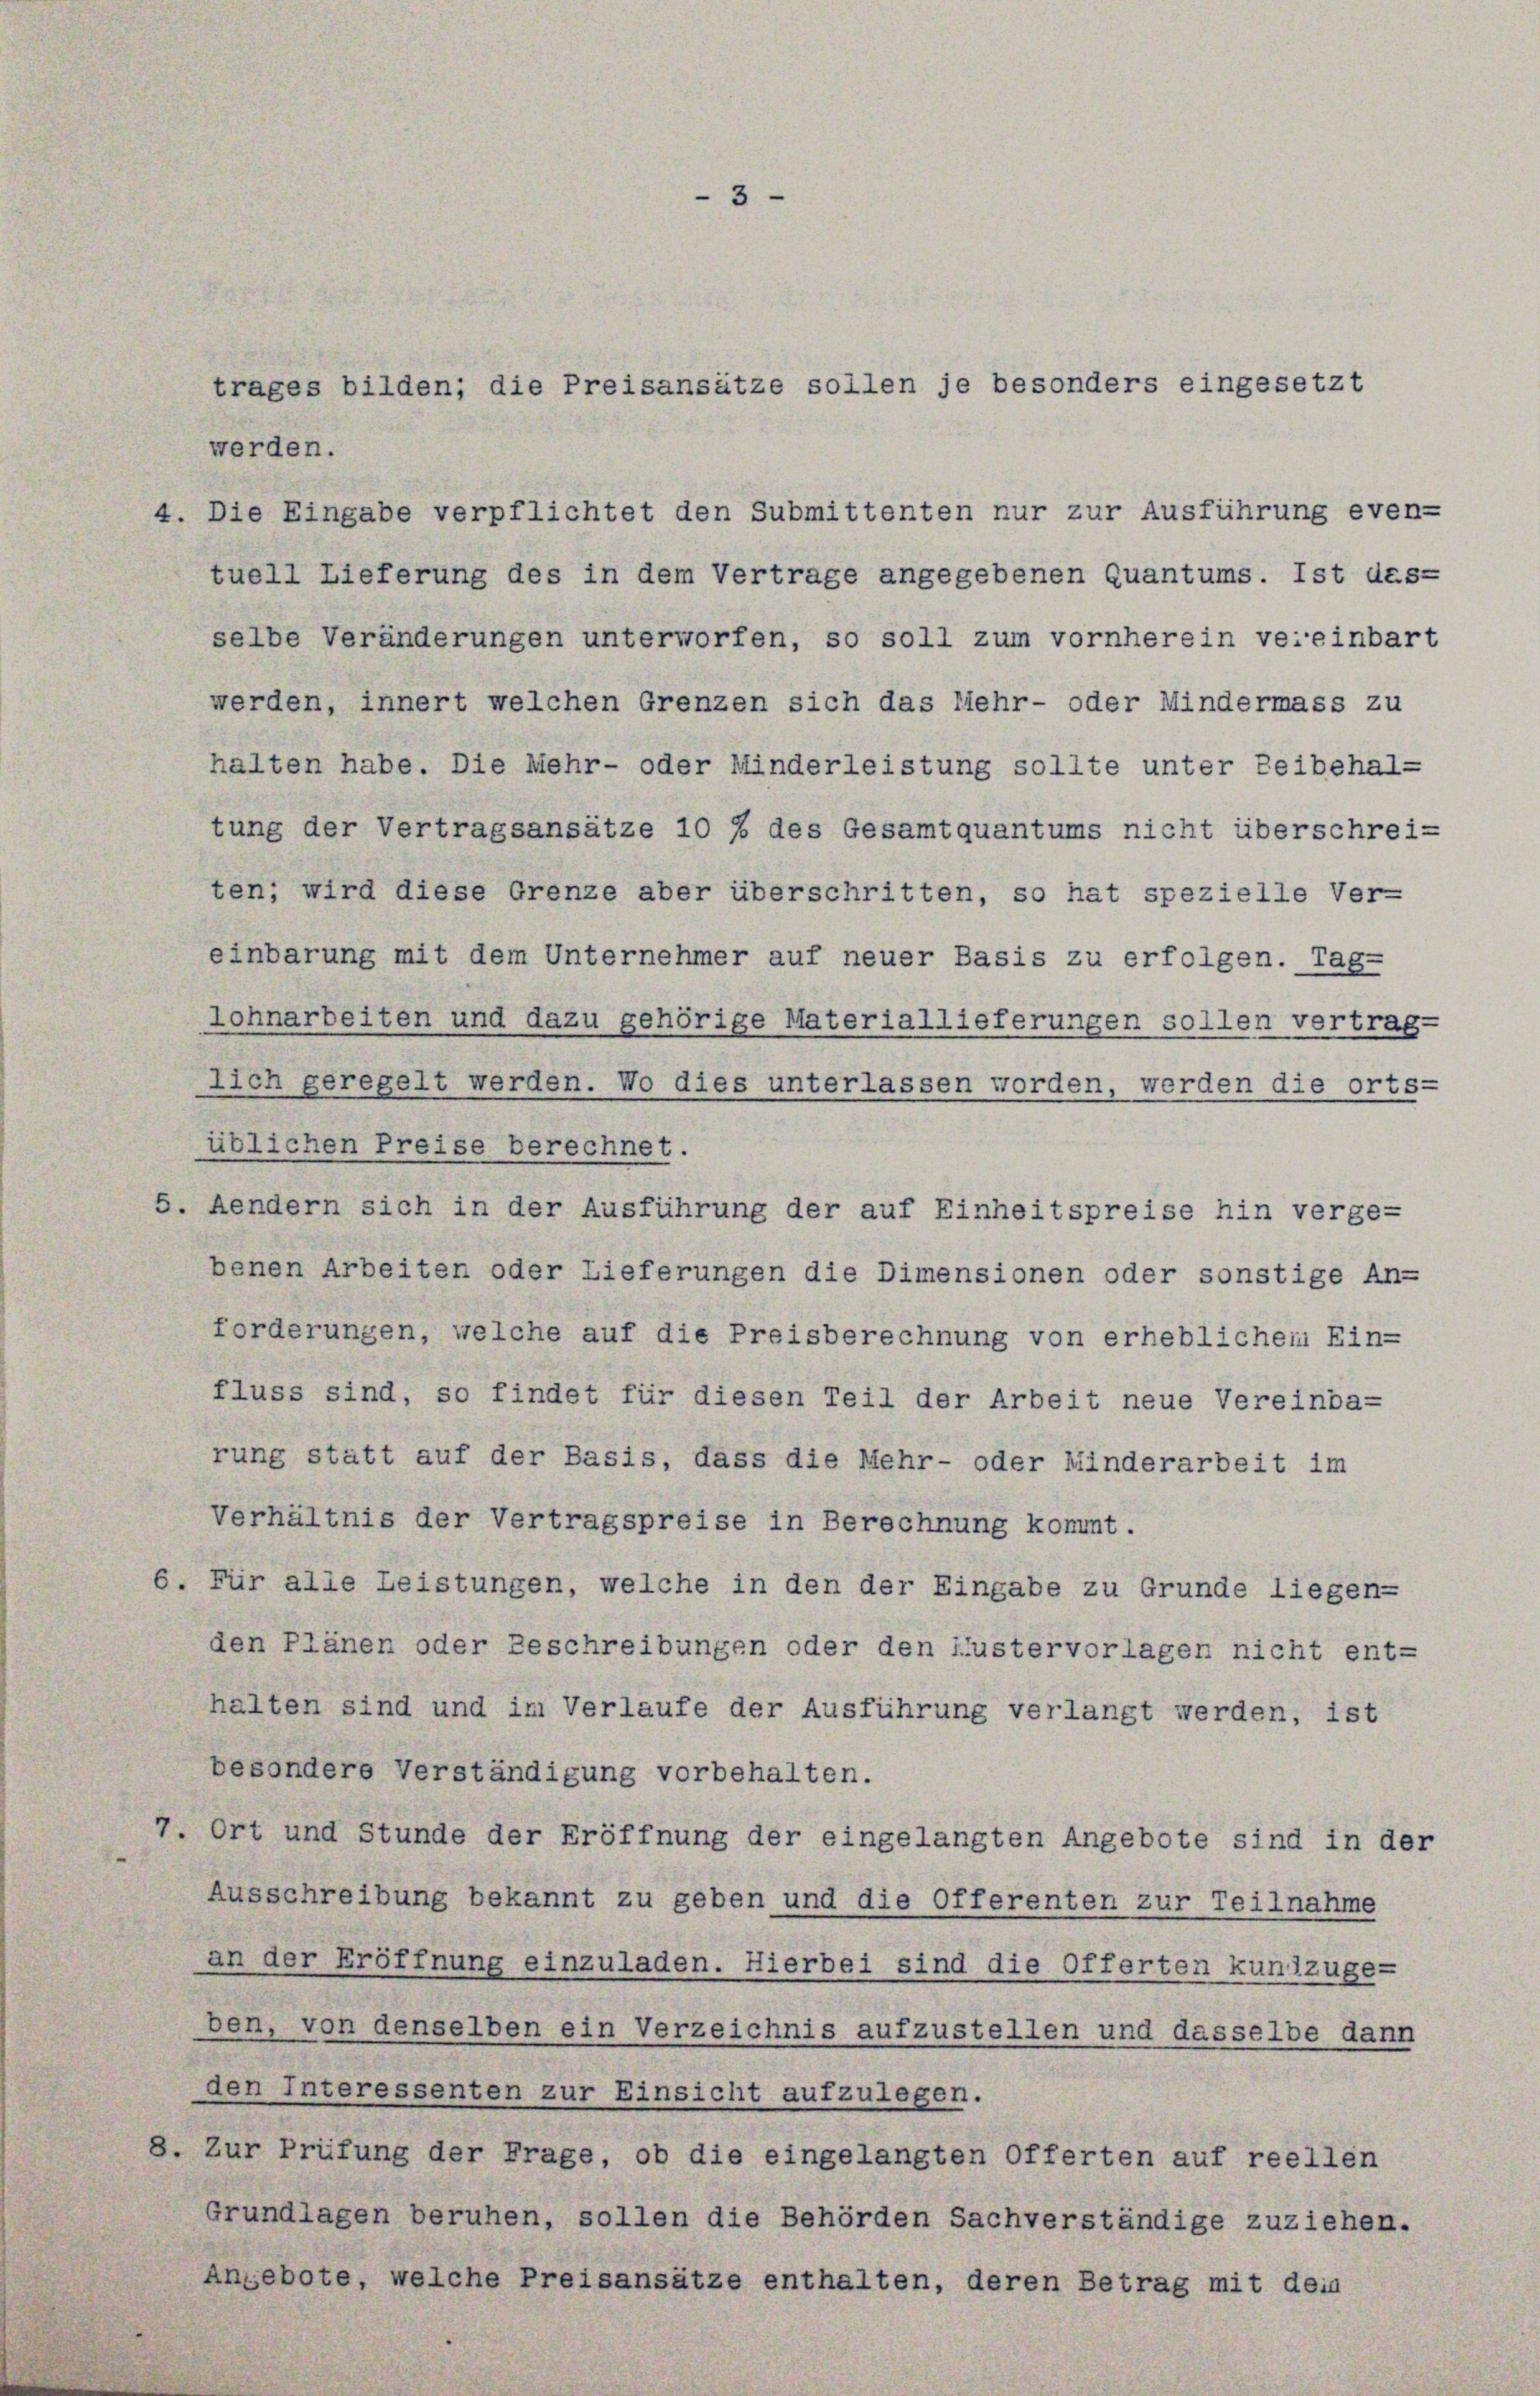
trages bilden; die Preisansätze sollen je besonders eingesetzt
werden.
4. Die Eingabe verpflichtet den Submittenten nur zur Ausführung even-
tuell Lieferung des in dem Vertrage angegebenen Quantums. Ist das-
selbe Veränderungen unterworfen, so soll zum vornherein vereinbart
werden, innert welchen Grenzen sich das lehr- oder Mindermass zu
halten habe. Die Mehr- oder Minderleistung sollte unter Leibehal-
tung der Vertragsansätze 10 % des Gesamtquantums nicht überschreiten; wird diese Grenze aber überschritten, so hat spezielle Ver-
einbarung mit dem Unternehmer auf neuer Basis zu erfolgen. Tag-
Lohnarbeiten und dazu gehörige Materiallieferungen sollen vertrag-
lich geregelt werden. Wo dies unterlassen worden, werden die orts-
üblichen Preise berechnet.
5. Aendern sich in der Ausführung der auf Einheitspreise hin verge-
benen Arbeiten oder Lieferungen die Dimensionen oder sonstige An-
forderungen, welche auf die Preisberechnung von erheblichem Ein-
fluss sind, so findet für diesen Teil der Arbeit neue Vereinba-
rung statt auf der Basis, dass die Mehr- oder Minderarbeit im
Verhältnis der Vertragspreise in Berechnung kommt.
6. Für alle Leistungen, welche in den der Eingabe zu Grunde liegen-
den Plänen oder Beschreibungen oder den lustervorlagen nicht ent-
halten sind und im Verlaufe der Ausführung verlangt werden, ist
besondere Verständigung vorbehalten.
7. Ort und Stunde der Eröffnung der eingelangten Angebote sind in der
Ausschreibung bekannt zu geben und die Offerenten zur Teilnahme
an der Eröffnung einzuladen. Hierbei sind die Offerten kuntzuge-
ben, von denselben ein Verzeichnis aufzustellen und dasselbe dann
den Interessenten zur Einsicht aufzulegen.
8. Zur Prüfung der Frage, ob die eingelangten Offerten auf reellen
Grundlagen beruhen, sollen die Behörden Sachverständige zuziehen.
Angebote, welche Preisansätze enthalten, deren Betrag mit dein

3